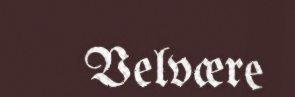
Velvære